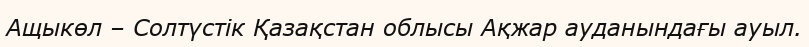
Ащыкөл – Солтүстік Қазақстан облысы Ақжар ауданындағы ауыл.